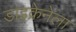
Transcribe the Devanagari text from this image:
डाइक्रेनेला